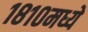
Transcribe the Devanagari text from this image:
१८१०मध्ये